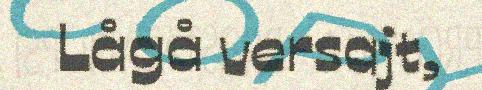
Lågå versajt,